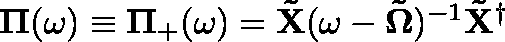
\begin{array} { r } { \mathbf { \Pi } ( \omega ) \equiv \mathbf { \Pi } _ { + } ( \omega ) = \mathbf { \tilde { X } } ( \omega - \mathbf { \tilde { \Omega } } ) ^ { - 1 } \mathbf { \tilde { X } } ^ { \dag } } \end{array}